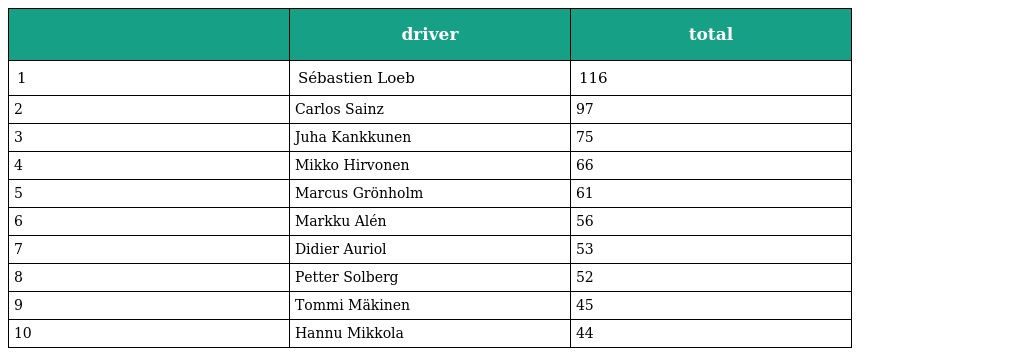
|  | driver | total |
 | --- | --- | --- |
 | 1 | Sébastien Loeb | 116 |
 | 2 | Carlos Sainz | 97 |
 | 3 | Juha Kankkunen | 75 |
 | 4 | Mikko Hirvonen | 66 |
 | 5 | Marcus Grönholm | 61 |
 | 6 | Markku Alén | 56 |
 | 7 | Didier Auriol | 53 |
 | 8 | Petter Solberg | 52 |
 | 9 | Tommi Mäkinen | 45 |
 | 10 | Hannu Mikkola | 44 |